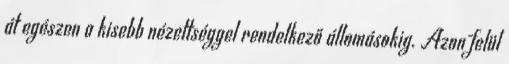
át egészen a kisebb nézettséggel rendelkező állomásokig. Azon felül